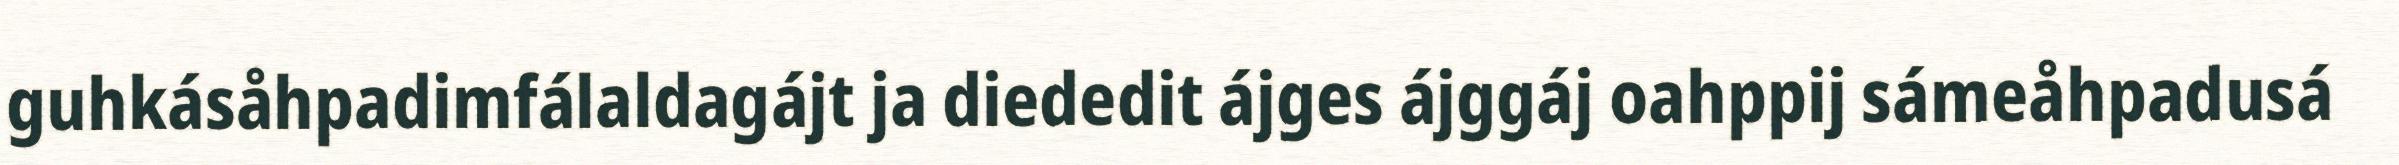
guhkásåhpadimfálaldagájt ja diededit ájges ájggáj oahppij sámeåhpadusá